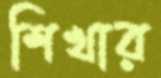
শিখার